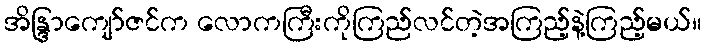
အိန္ဒြာကျော်ဇင်က လောကကြီးကိုကြည်လင်တဲ့အကြည့်နဲ့ကြည့်မယ်။